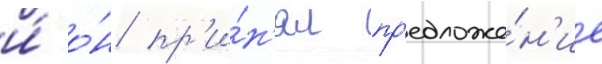
и́ о́н пр'и́н'ял пр'едложе́н'ие